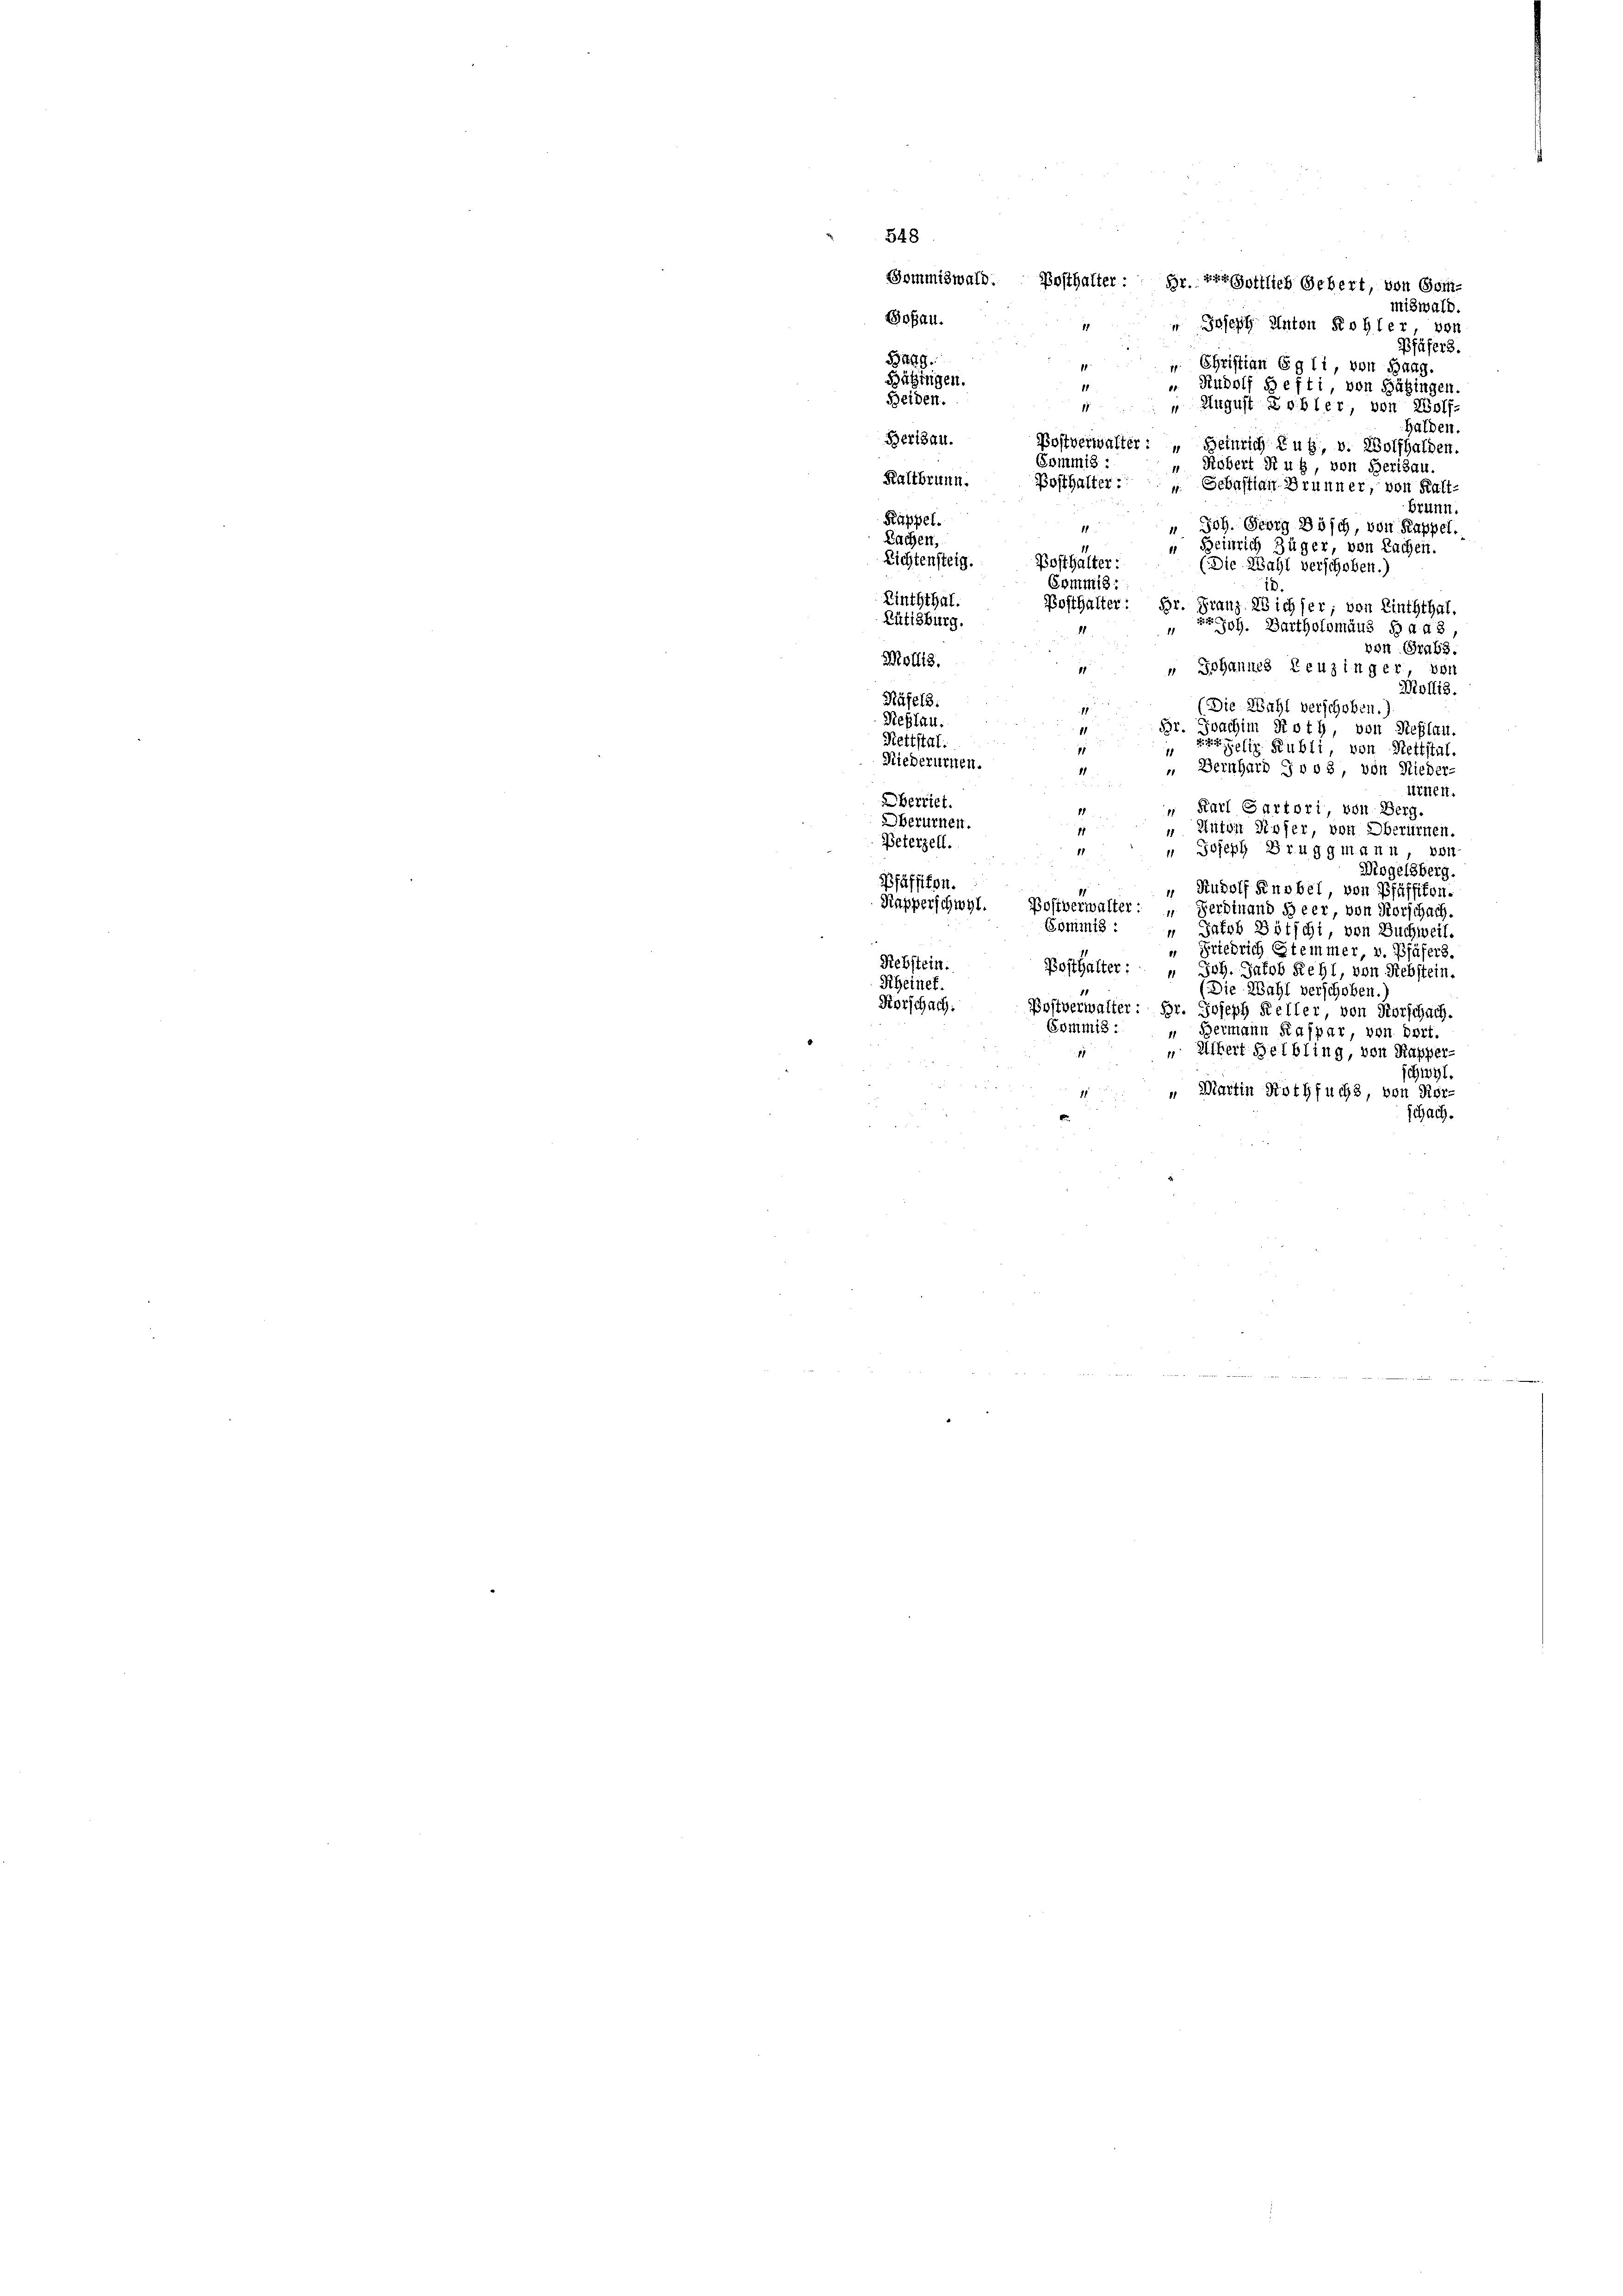
548
Gommiswald. Posthalter: Hr. Er göttlich Gebert, von Gom-
miswald.
Goßau.
 Joseph Anton Rohler, von
Pfäfer.
Bag
u Christian Egli, von Bang.
Bätzingen.
 Rudolf Hefti von Hägingen.
Beiden.
1
 August Lobler, von Wolf-
Halden.
Berisau.
Postverwalter: " Heinrich Zug, v. Wolfhalden.
Commis :
Köbert Ruh, von Herisau
Kaltbrunn.
Posthalter: „Gebastian Brunner, von Kalt-
brunn.
Rüppel.
 Joh. Georg Bösch, von Rappel.
11
Sachen,
 Beinrich Züger, von Rachen.
Lichtensteig.
Posthalter:
(Die Wahl verschoben.
Commis:
Linththal.
Posthalter: Br.
Franz. 28 ich ser; von Linththal.
Rütisburg.
Joh. Bartholomäus B ad 3,
11
von Grabs
Mollis.
" Johannes Leuzinger, voll
Mollis.
Räfels:
(Die Wahl verschoben.
1
Neßlau.
Br. Joachim Roth, von Steflau.
Kettstaf
zelte Publi, von Rettstal
Riederurnen.
„ Bernhard J vo8, von Nieder
ütten.
Oberriet.
" Karl Sartori, von Berg.
Oberurnen.
 Anton Kofer, von Oberürnen.
Beterzell.
1
" Joseph Bruggmann, von
Mogelsberg.
Pfäffikon.
1
“ Rudolf Knobel, von Pfäffikon.
Kapperschwyl.
Pofiverwalter: „Ferdinand Heer von Vorschach-
Gommnis:
Jakob Bötschi, von Buchweil.
 Friedrich Stemmer, v. Pfäfers.
Rebstein.
Posthalter: " Joh. Jakob Rehl, von Rebstein
Rheinef.
(Die Wahl verschoben.
Korschach.
Postverwalter: Hr. Joseph Keller, von Forschach.
Commis
“ Bermann Kaspar, von Dort.
 Uibert Helbling, von Kapper-
schwyl.
 Martin Rothfuchs, von Körschach.